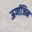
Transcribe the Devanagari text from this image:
ऊर्णजिन